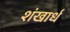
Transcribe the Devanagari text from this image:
शंखार्ध